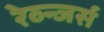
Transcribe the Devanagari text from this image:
रेव्न्जर्स